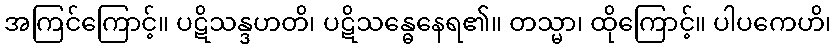
အကြင်ကြောင့်။ ပဋိသန္ဒဟတိ၊ ပဋိသန္ဓေနေရ၏။ တသ္မာ၊ ထိုကြောင့်။ ပါပကေဟိ၊